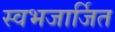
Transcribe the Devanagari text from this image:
स्वभजार्जित